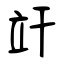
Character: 竏